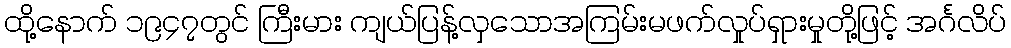
ထို့နောက် ၁၉၄၇တွင် ကြီးမား ကျယ်ပြန့်လှသောအကြမ်းမဖက်လှုပ်ရှားမှုတို့ဖြင့် အင်္ဂလိပ်